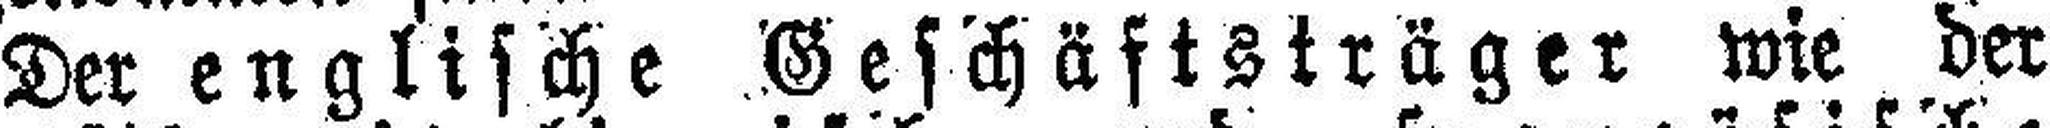
Der englische Geschäftsträger wie der